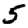
Digit: 5